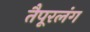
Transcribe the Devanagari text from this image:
तैपूरलंग